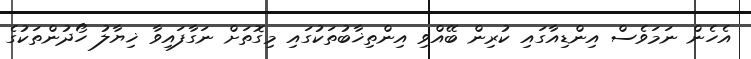
އެހެން ނަމަވެސް އިންޑިއާގައި ކުރިން ބޭއްވި އިންތިޚާބުތަކުގައި މިގޮތަށް ނަގާފައިވާ ޚިޔާލު ހޯދުންތަކުގެ